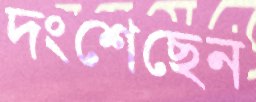
দংশেছেন